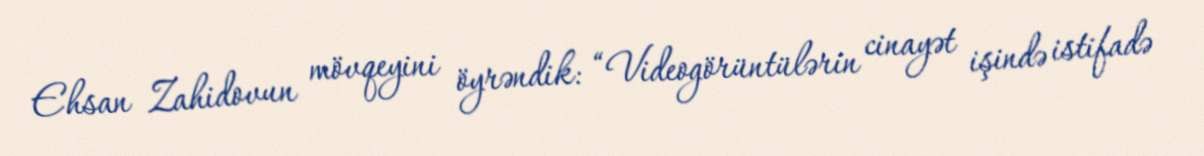
Ehsan Zahidovun mövqeyini öyrəndik: “Videogörüntülərin cinayət işində istifadə